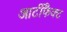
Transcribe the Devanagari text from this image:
आर्टीफैक्ट